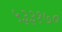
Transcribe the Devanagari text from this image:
५३३१७०